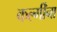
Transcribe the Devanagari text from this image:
कर्ल्गींना